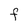
Character: F